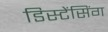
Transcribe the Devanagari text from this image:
डिस्टेंसिंग